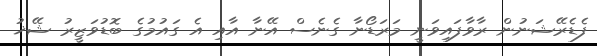
ފެޑެރޭޝަނުން ރާވާފައިވަނީ މަރަޑޯނާ ގެނެސް އޭނާ އާއި އެ ގައުމުގެ ބޮޑުވަޒީރު ޝޭޚު